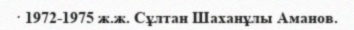
· 1972-1975 ж.ж. Сұлтан Шаханұлы Аманов.